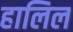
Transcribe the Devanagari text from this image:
हालिल